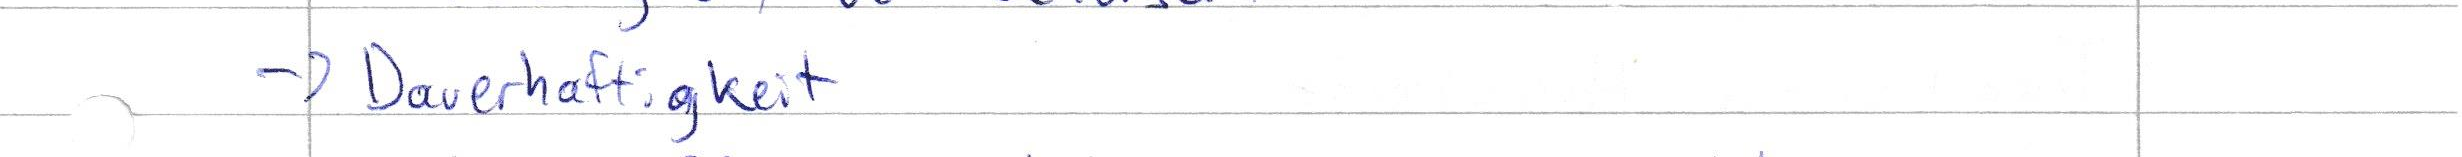
-> Dauerhaftigkeit